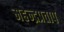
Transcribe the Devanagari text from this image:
महेन्द्रप्रताप